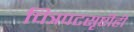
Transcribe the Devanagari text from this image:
चित्रपटसृष्टीही